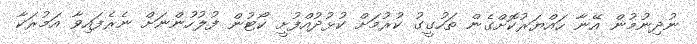
ނުދިނުމުން އޭނާ ހައްޔަރުކޮށްގެން ތަހުގީގު ކުރުމަށް ކުޅުދުއްފުށީ ކޯޓުން ފުލުހުންނަށް ނެރެފައިވާ އަމުރަކާ